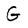
Character: G